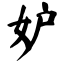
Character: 妒